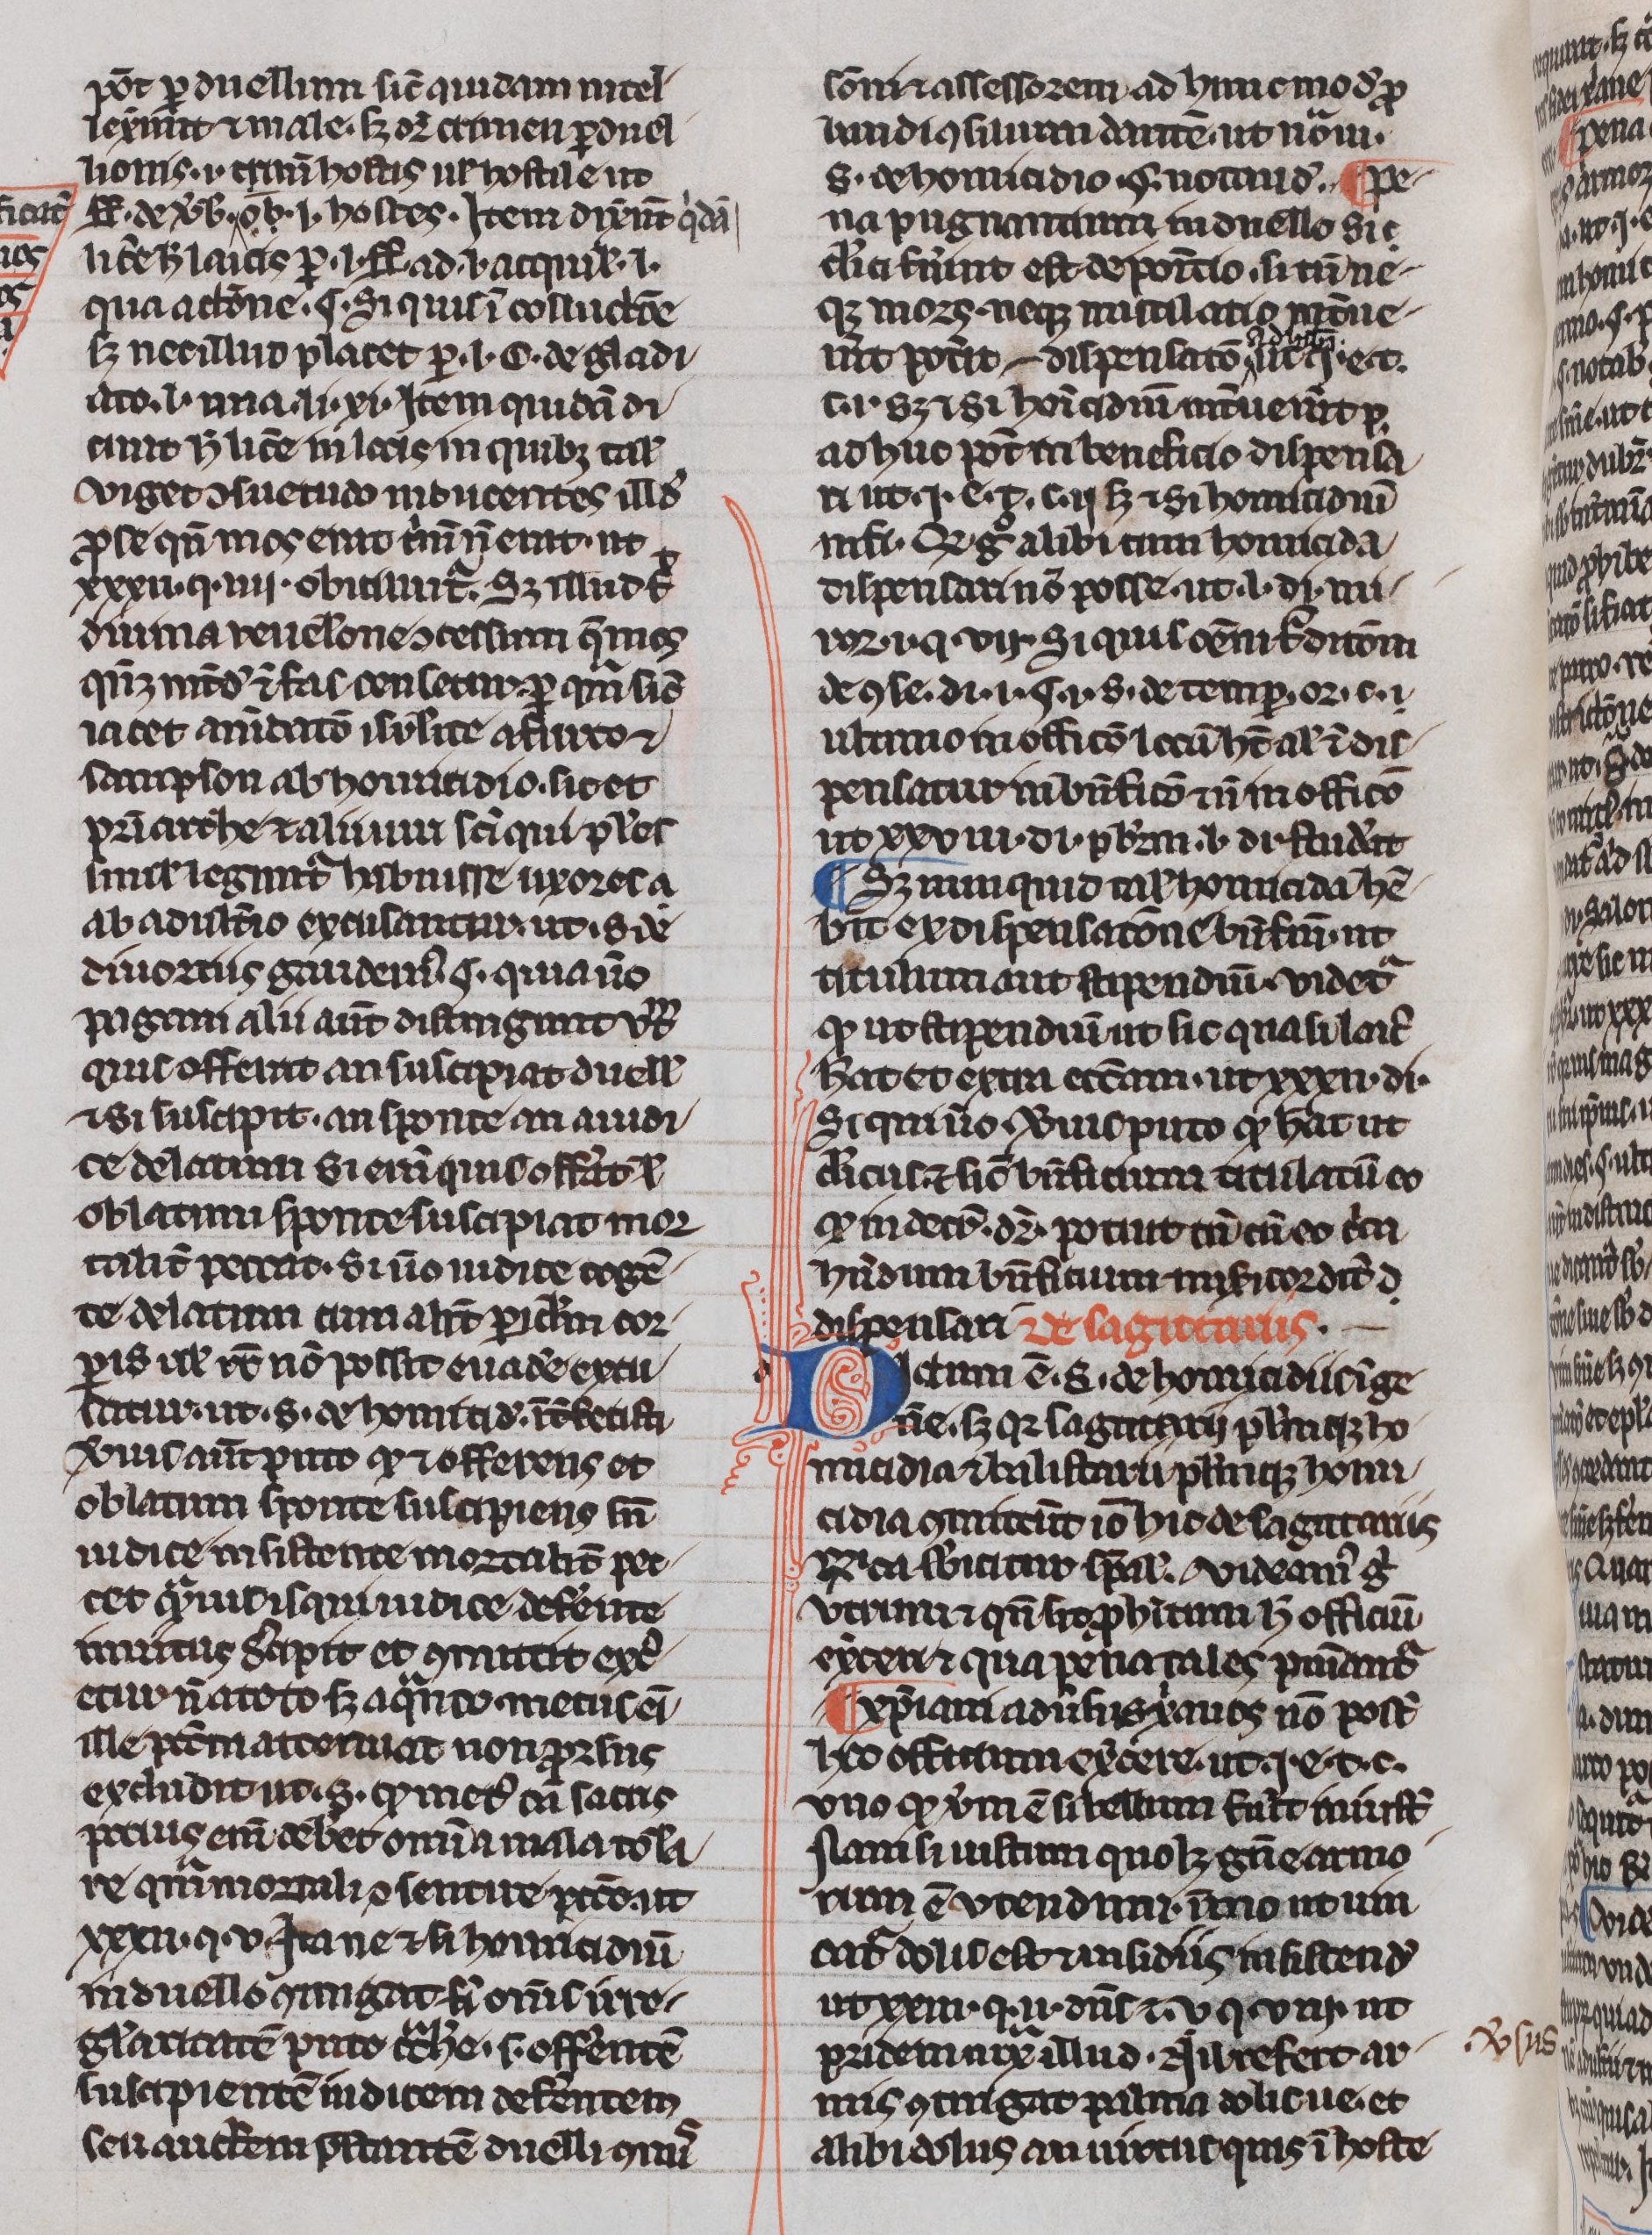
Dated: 1300–1330